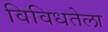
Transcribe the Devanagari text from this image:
विविधतेला